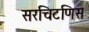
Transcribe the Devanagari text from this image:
सरचिटणिस